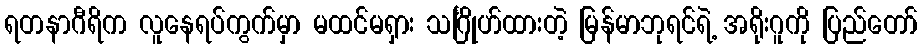
ရတနာဂီရိက လူနေရပ်ကွက်မှာ မထင်မရှား သင်္ဂြိုဟ်ထားတဲ့ မြန်မာဘုရင်ရဲ့ အရိုးဂူကို ပြည်တော်